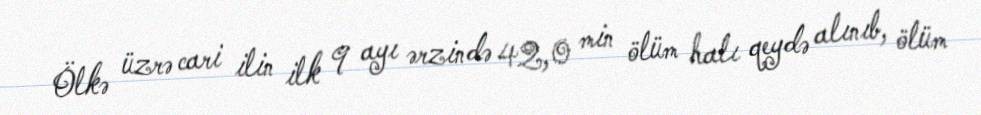
Ölkə üzrə cari ilin ilk 9 ayı ərzində 42,0 min ölüm halı qeydə alınıb, ölüm